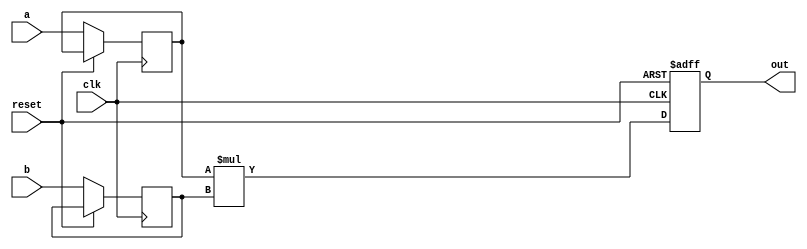
`timescale 1ps/1ps

module multiplier(
    input clk, reset,
    input  wire [7:0] a,
    input  wire [7:0] b,
    output reg  [15:0] out

);

reg [7:0] temp_a, temp_b;

always@(posedge clk or posedge reset) begin

    if (reset) begin
        out <= 15'd0; 
    end  
    else begin
        temp_a <= a;
        temp_b <= b;
        out <= temp_a * temp_b;
    end

end

endmodule